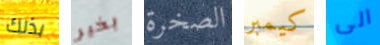
بذلك بخير الصخرة كيمبر الى